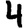
Digit: 4